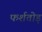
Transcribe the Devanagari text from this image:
फर्शतोड़